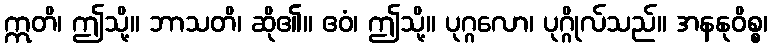
ဣတိ၊ ဤသို့။ ဘာသတိ၊ ဆို၏။ ဧဝံ၊ ဤသို့။ ပုဂ္ဂလော၊ ပုဂ္ဂိုလ်သည်။ အနနုဝိစ္စ၊